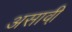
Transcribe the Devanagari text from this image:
असावी़